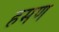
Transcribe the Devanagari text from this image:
हमण